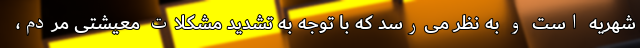
شهریه است و به نظر می‌رسد که با توجه به تشدید مشکلات معیشتی مردم،